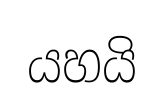
යහයි